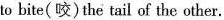
to bite(咬)the tail of the other.